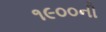
૧૯૦૦ની